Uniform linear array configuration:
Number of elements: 16
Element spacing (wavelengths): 0.75
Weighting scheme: blackman
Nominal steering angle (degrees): -30
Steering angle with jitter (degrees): -28.433
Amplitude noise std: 0.05
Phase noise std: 0.05

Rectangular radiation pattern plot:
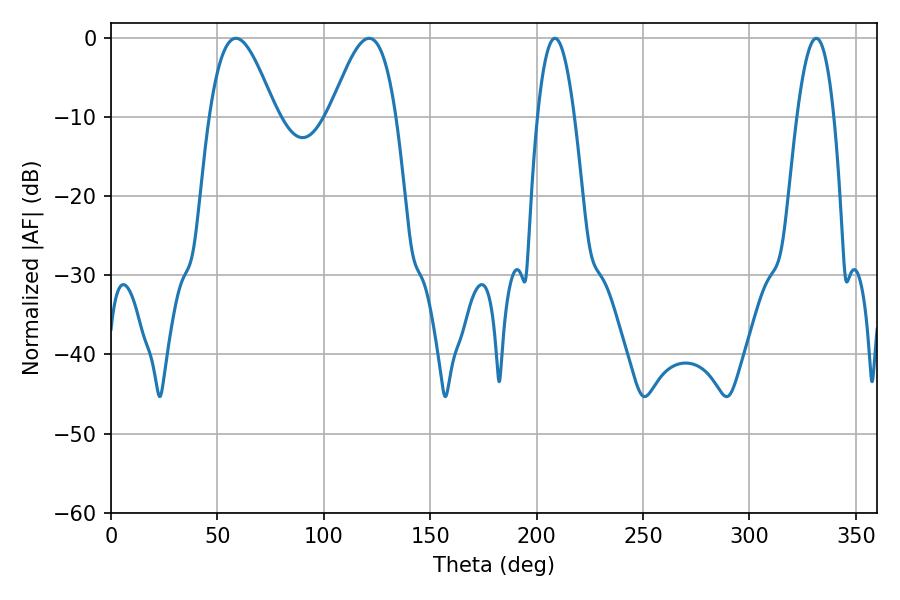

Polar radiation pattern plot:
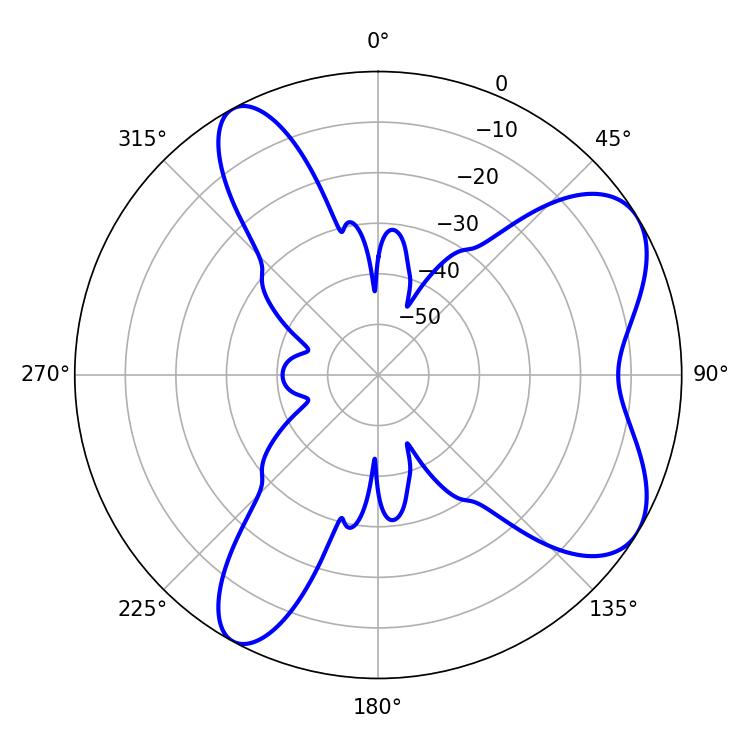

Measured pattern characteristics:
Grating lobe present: TRUE
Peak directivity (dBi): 6.984
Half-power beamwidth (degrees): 9.54
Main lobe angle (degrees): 208.62